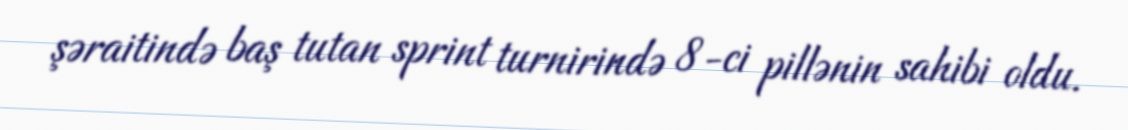
şəraitində baş tutan sprint turnirində 8-ci pillənin sahibi oldu.